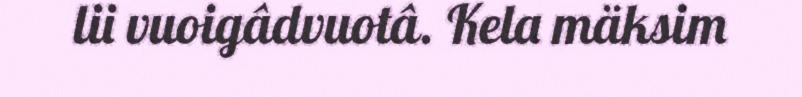
lii vuoigâdvuotâ. Kela mäksim